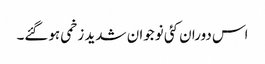
اس دوران کئی نوجوان شدید زخمی ہوگئے۔